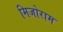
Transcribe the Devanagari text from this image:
मिजोराम